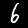
Label: 6